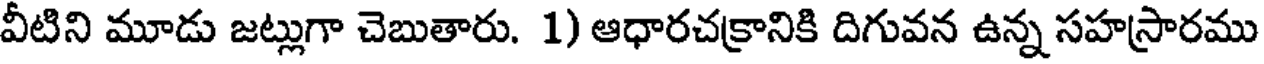
వీటిని మూడు జట్లుగా చెబుతారు. 1) ఆధారచక్రానికి దిగువన ఉన్న సహస్రారము